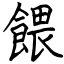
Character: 餵